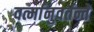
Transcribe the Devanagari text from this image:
वर्त्मानुवर्तन्ते